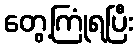
တွေ့ကြုံရပြီး